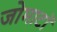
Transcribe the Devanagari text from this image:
जोमाटॉ